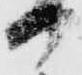
日